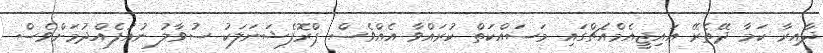
ދާއިރާ ކަމާ ދޭތެރޭ އައިޖީއެމްއެޗްގައި މަސައްކަތް ކުރައްވާ އެއްވެސް ޕްރޮފެޝަނަލަކު ސުވާލު ނުއުފެއްދުމަށްވެސް